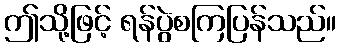
ဤသို့ဖြင့် ရန်ပွဲစကြပြန်သည်။